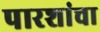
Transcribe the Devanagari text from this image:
पारशांचा